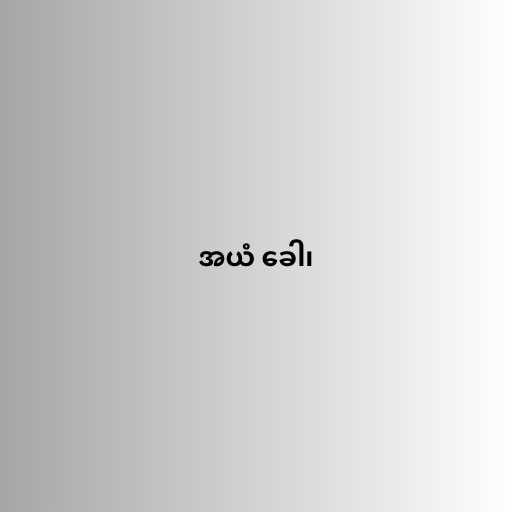
အယံ ခေါ၊